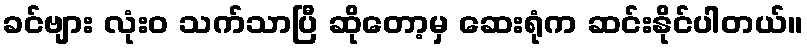
ခင်ဗျား လုံးဝ သက်သာပြီ ဆိုတော့မှ ဆေးရုံက ဆင်းနိုင်ပါတယ်။